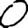
Digit: 0